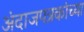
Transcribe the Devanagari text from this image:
अंदाजपत्रकांच्या